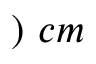
) ~ c m